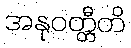
အနုဝတ္တီတိ